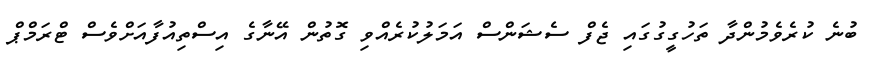
ބުނެ ކުރެވެމުންދާ ތަހުގީގުގައި ޖެފް ސެޝަންސް އަމަލުކުރެއްވި ގޮތުން އޭނާގެ އިސްތިއުފާއަށްވެސް ޓްރަމްޕް